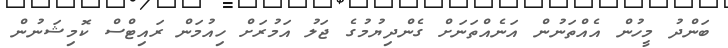
ބަންދު މީހުން އެއްތަނުން އަނެއްތަނަށް ގެންދިޔުމުގެ ޖަލު އަމުރަށް ހިއުމަން ރައިޓްސް ކޮމިޝަނުން